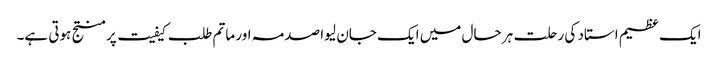
ایک عظیم استاد کی رحلت ہر حال میں ایک جان لیوا صدمہ اور ماتم طلب کیفیت پر منتج ہوتی ہے۔